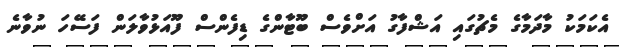
އެކަމަކު މާދަމާގެ މެޗުގައި އަޝްފާގު އަށްވެސް ބޫޓާންގެ ޑިފެންސް ފޫއަޅުވާލަން ފަސޭހަ ނުވާނެ